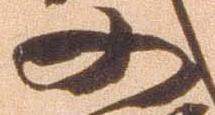
又